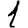
Digit: 1